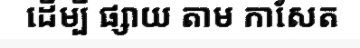
ដើម្បី ផ្សាយ តាម កាសែត